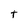
Character: t